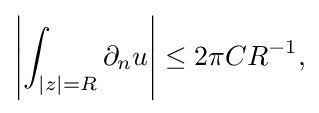
\displaystyle {\left|\int _{|z|=R}\partial _{n}u\right|\leq 2\pi CR^{-1},}